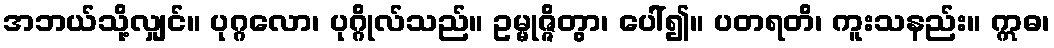
အဘယ်သို့လျှင်။ ပုဂ္ဂလော၊ ပုဂ္ဂိုလ်သည်။ ဥမ္မုဇ္ဇိတွာ၊ ပေါ်၍။ ပတရတိ၊ ကူးသနည်း။ ဣဓ၊